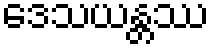
ဒေသယန္တဿ